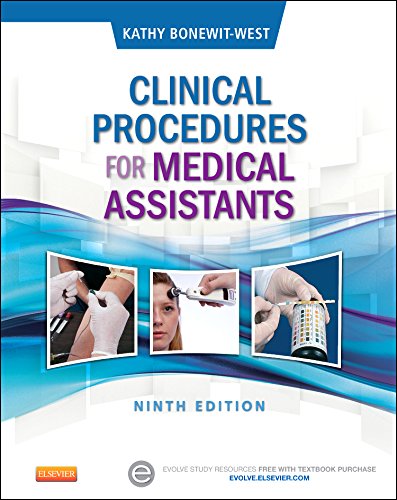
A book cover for Clinical Procedures for Medical Assistants, 9e; Kathy Bonewit-West BS  MEd; Medical Books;